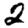
Digit: 2